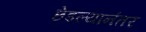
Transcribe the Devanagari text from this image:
छेडल्यानंतर